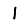
Digit: 1